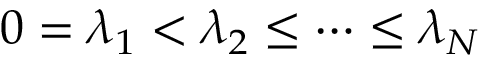
0 = \lambda _ { 1 } < \lambda _ { 2 } \leq \dots \leq \lambda _ { N }